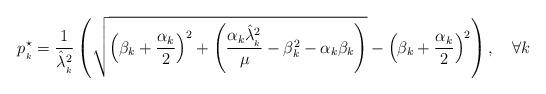
LaTeX: \begin{align*} p^\star_{_k}=\frac{1}{\hat{\lambda}^{2}_{_k}}\left(\sqrt{\left(\beta_k+\frac{\alpha_k}{2}\right)^2+\left(\frac{\alpha_k\hat{\lambda}^{2}_{_k}}{\mu}-\beta^2_k-\alpha_k\beta_k\right)}-\left(\beta_k+\frac{\alpha_k}{2}\right)^2 \right),\quad\forall k \end{align*}